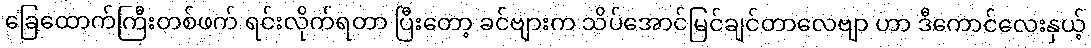
ခြေထောက်ကြီးတစ်ဖက် ရင်းလိုက်ရတာ ပြီးတော့ ခင်ဗျားက သိပ်အောင်မြင်ချင်တာလေဗျာ ဟာ ဒီကောင်လေးနှယ့်